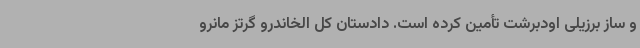
و ساز برزیلی اودبرشت تأمین کرده است. دادستان کل الخاندرو گرتز مانرو